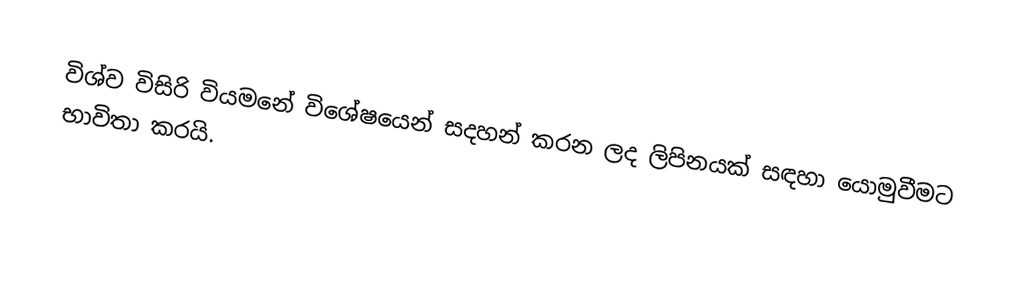
විශ්ව විසිරි වියමනේ විශේෂයෙන් සදහන් කරන ලද ලිපිනයක් සඳහා යොමුවීමට භාවිතා කරයි.